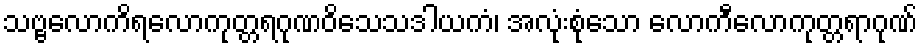
သဗ္ဗလောကိရလောကုတ္တရဂုဏဝိသေသဒါယကံ၊ အလုံးစုံသော လောကီလောကုတ္တရာဂုဏ်